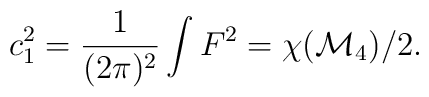
c^{2}_{1}={1\over (2\pi )^{2}} \int F^{2}= \chi ({\cal M}_{4})/2 .